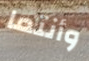
وأنتما